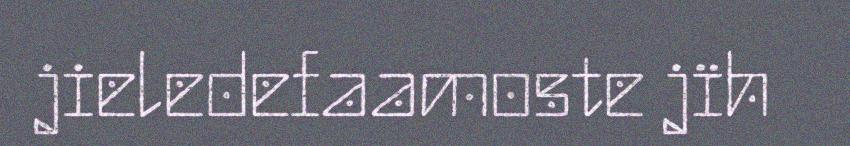
jieledefaamoste jïh